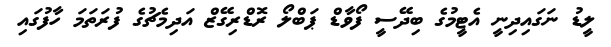
ލީޑު ނަގައިދިނީ އެޓީމުގެ ބިދޭސީ ފޯވާޑް ޕަބްލޯ ރޮޑްރިގޭޒް އަދިމެޗުގެ ފުރަތަމަ ހާފުގައި